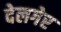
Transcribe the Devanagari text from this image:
देलगेर